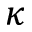
\kappa